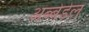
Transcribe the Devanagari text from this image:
अब्बेडेल